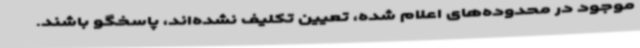
موجود در محدوده‌های اعلام شده، تعیین تکلیف نشده‌اند، پاسخگو باشند.